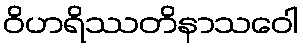
ဝိဟရိဿတိနာသဝေါ